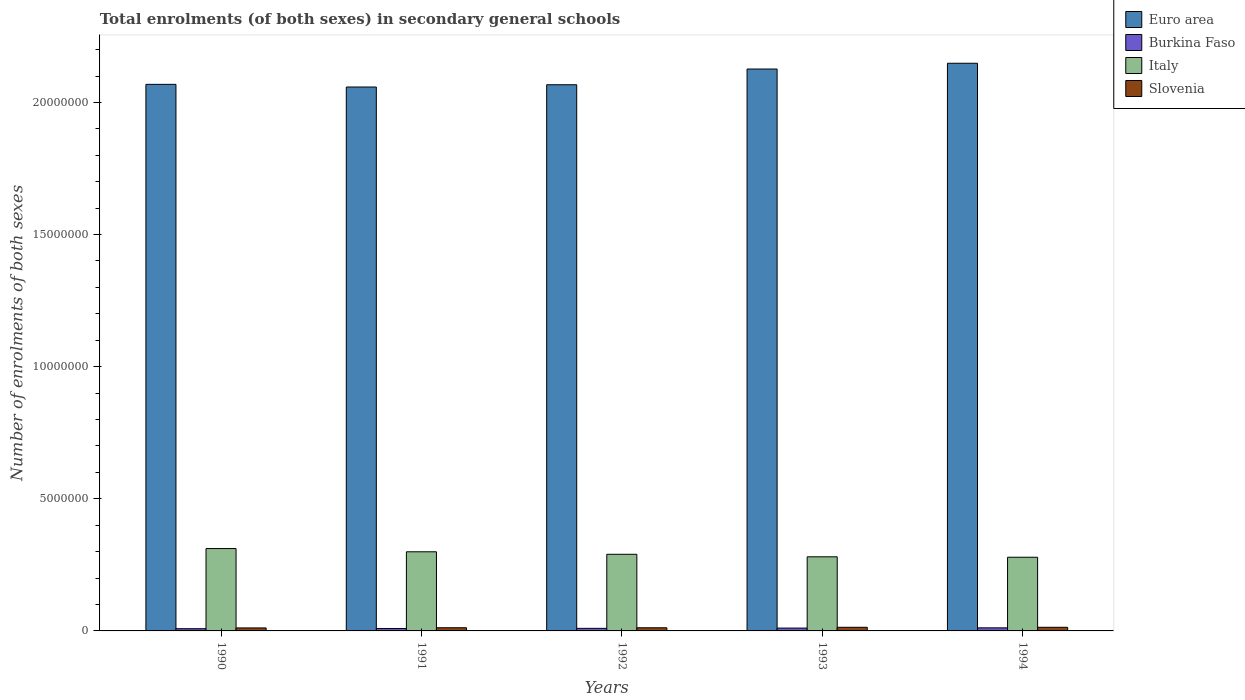
| Years | Euro area | Burkina Faso | Italy | Slovenia |
 | --- | --- | --- | --- | --- |
 | 1990 | 2.07e+07 | 8.42e+04 | 3.12e+06 | 1.14e+05 |
 | 1991 | 2.06e+07 | 9.17e+04 | 2.99e+06 | 1.2e+05 |
 | 1992 | 2.07e+07 | 9.72e+04 | 2.9e+06 | 1.19e+05 |
 | 1993 | 2.13e+07 | 1.07e+05 | 2.81e+06 | 1.37e+05 |
 | 1994 | 2.15e+07 | 1.16e+05 | 2.79e+06 | 1.38e+05 |